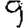
Digit: 9